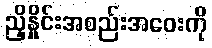
ညှိနှိုင်းအစည်းအဝေးကို